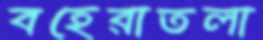
বহেরাতলা